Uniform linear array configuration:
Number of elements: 4
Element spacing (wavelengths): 0.75
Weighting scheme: blackman
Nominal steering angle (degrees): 15
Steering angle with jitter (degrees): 14.601
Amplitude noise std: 0.05
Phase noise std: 0.05

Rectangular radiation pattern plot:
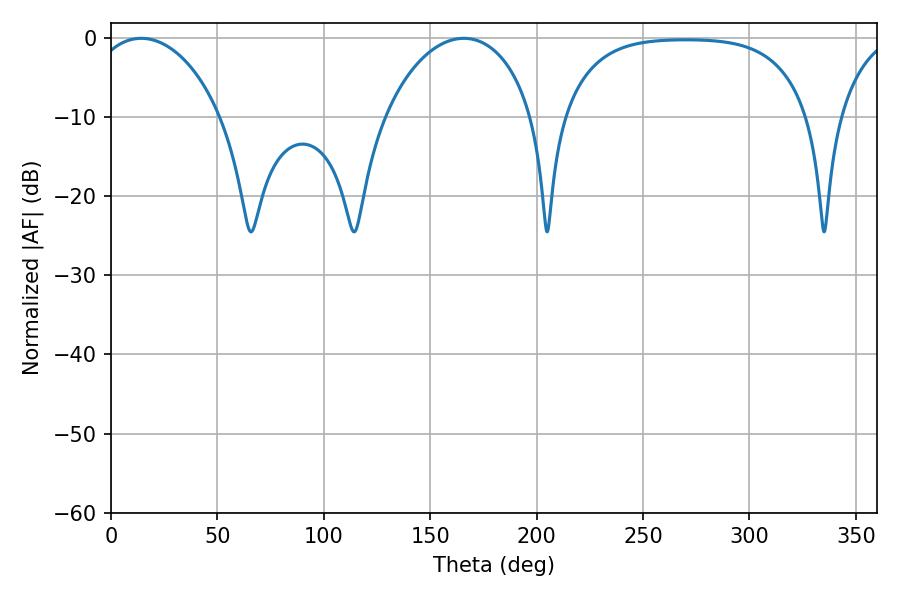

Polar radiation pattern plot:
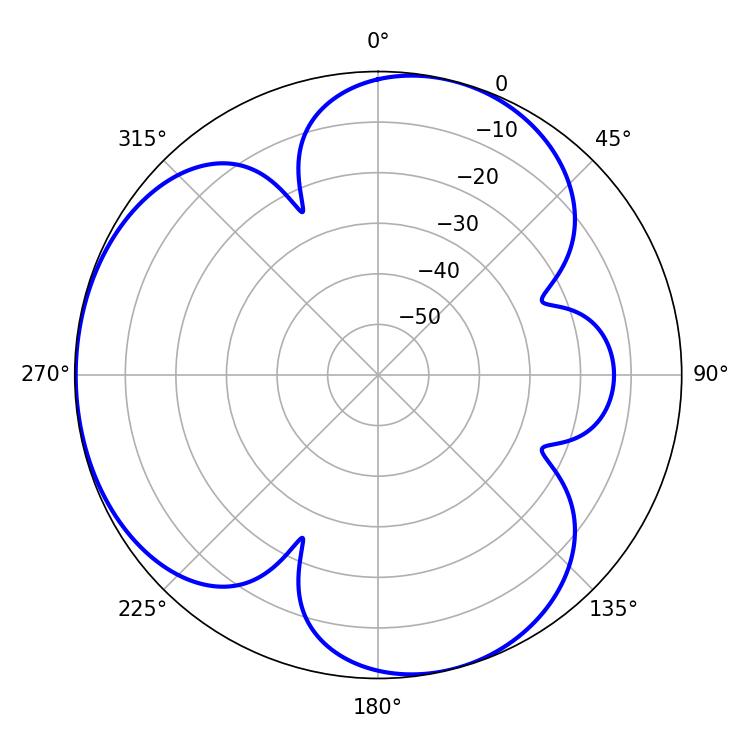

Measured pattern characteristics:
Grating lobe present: TRUE
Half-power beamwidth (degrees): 35.28
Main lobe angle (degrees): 14.22